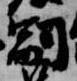
嗣